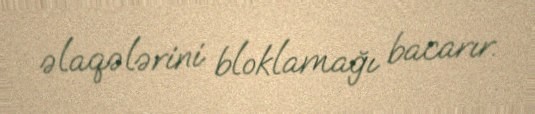
əlaqələrini bloklamağı bacarır.